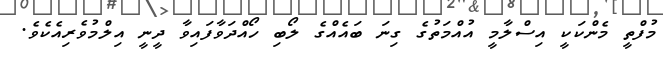
މުފްތީ މެންކަކީ އިސްލާމީ އުއްމަތުގެ ގިނަ ބައެއްގެ ލޯބި ހޯއްދަވާފައިވާ ދީނީ އިލްމުވެރިއެކެވެ.